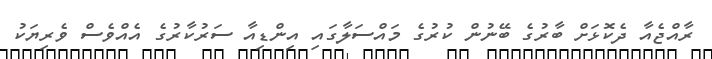
ރާއްޖެއާ ދެކޮޅަށް ބާރުގެ ބޭނުން ކުރުގެ މައްސަލާގައި އިންޑިއާ ސަރުކާރުގެ އެއްވެސް ވެރިޔަކު